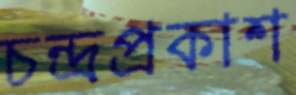
চন্দ্রপ্রকাশ